Report on lock hospitals in British Burma
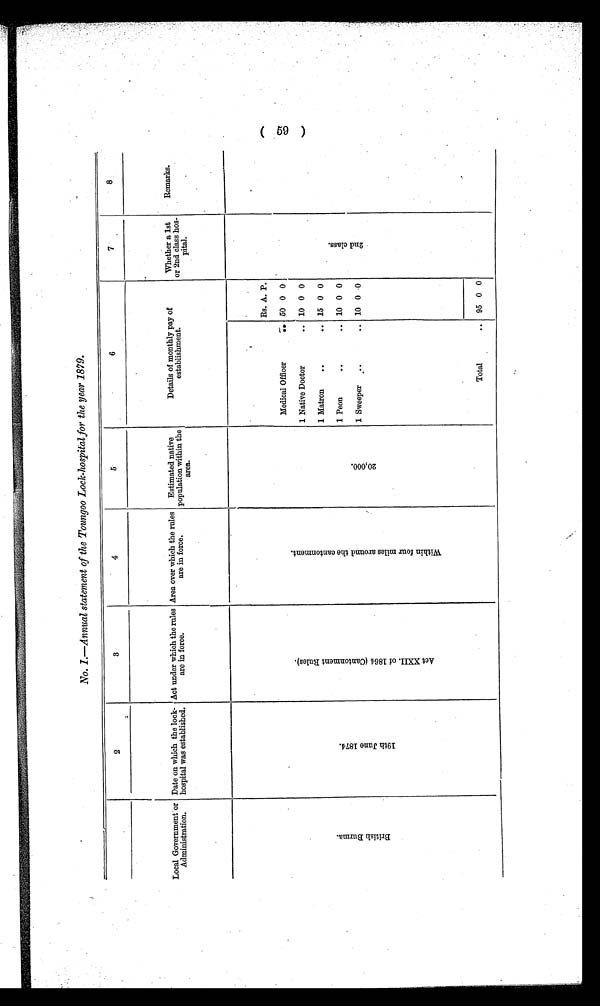
No. I.—Annual statement of the Toungoo Lock-hospital for the year 1879.
2
3
4
5
6
7
8
Local Government or
Administration.
Date on which the lock-
hospital was established.
Act under which the rules
are in force.
Area over which the rules
are in force.
Estimated native
population within the
area.
Details of monthly pay of
establishment.
Whether a 1st
or 2nd class hos-
pital.
Remarks.
B r i t i s h B u r m a .
1 9 t h J u n e 1 8 7 4 .
A c t X X I I . o f 1 8 6 4 ( a n t o n m e n t R u l e s ) .
W i t h i n f o u r m i l e s a r o u n d t h e c a n t o n m e n t .
20, 000.
Rs. A. P.
2 n d c l a s s .
Medical Officer
.. 50 0 0
1 Native Doctor
.. 10 0 0
1 Matron
..
.. 15 0 0
1 Peon
..
.. 10 0 0
1 Sweeper
..
.. 10 0 0
Total
.. 95 0 0
( 59 )